Regulations for the medical services of the Army of India
Year: 1930
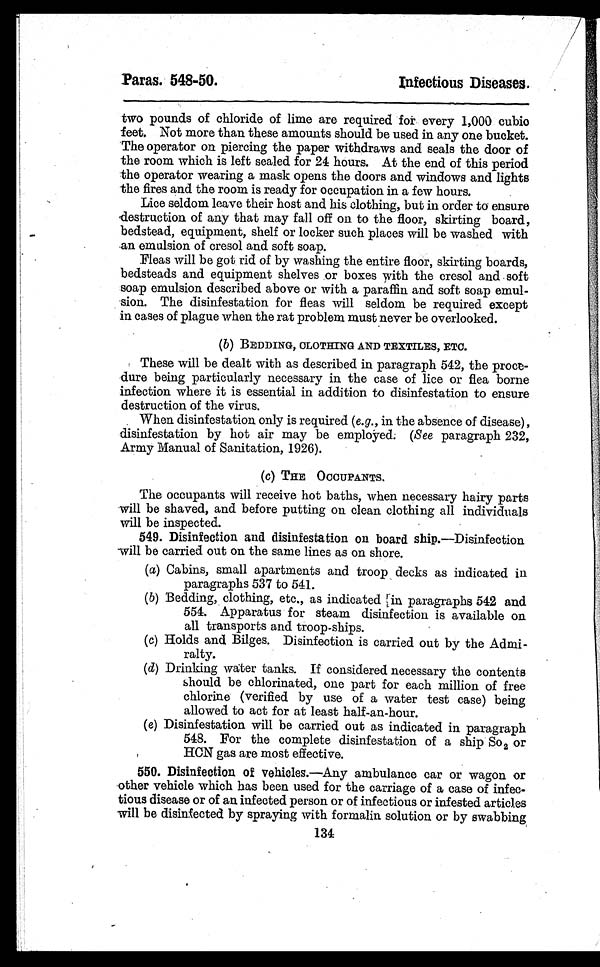
Paras. 548–50.
Infectious Diseases.
two pounds of chloride of lime are required for every 1,000 cubio
feet. Not more than these amounts should be used in any one bucket.
The operator on piercing the paper withdraws and seals the door of
the room which is left sealed for 24 hours. At the end of this period
the operator wearing a mask opens the doors and windows and lights
the fires and the room is ready for occupation in a few hours.
Lice seldom leave their host and his clothing, but in order to ensure
destruction of any that may fall off on to the floor, skirting board,
bedstead, equipment, shelf or locker such places will be washed with
an emulsion of cresol and soft soap.
Fleas will be got rid of by washing the entire floor, skirting boards,
bedsteads and equipment shelves or boxes with the cresol and soft
soap emulsion described above or with a paraffin and soft soap emul-
sion. The disinfestation for fleas will seldom be required except
in cases of plague when the rat problem must never be overlooked.
( b) BEDDING, CLOTHING AND TEXTILES, ETC.
These will be dealt with as described in paragraph 542, the proce-
dure being particularly necessary in the case of lice or flea borne
infection where it is essential in addition to disinfestation to ensure
destruction of the virus.
When disinfestation only is required ( e. g., in the absence of disease),
disinfestation by hot air may be employed. (See paragraph 232,
Army Manual of Sanitation, 1926).
(c) THE OCCUPANTS.
The occupants will receive hot baths, when necessary hairy parts
will be shaved, and before putting on clean clothing all individuals
will be inspected.
549. Disinfection and disinfestation on board ship. —Disinfection
will be carried out on the same lines as on shore.
(a) Cabins, small apartments and troop decks as indicated in
paragraphs 537 to 541.
( b ) B e d d i n g , c l o t h i n g , e t c . , a s i n d i c a t e d i n p a r a g r a p h s 5 4 2 a n d
554. Apparatus for steam disinfection is available on
all transports and troop-ships.
(c) Holds and Bilges. Disinfection is carried out by the Admi-
ralty.
( d ) D r i n k i n g w a t e r t a n k s . I f c o n s i d e r e d n e c e s s a r y t h e c o n t e n t s
should be chlorinated, one part for each million of free
chlorine (verified by use of a water test case) being
allowed to act for at least half-an-hour.
( e ) D i s i n f e s t a t i o n w i l l b e c a r r i e d o u t a s i n d i c a t e d i n p a r a g r a p h
548. For the complete disinfestation of a ship So2 or
HCN gas are most effective.
550. Disinfection of vehicles. —Any ambulance car or wagon or
other vehicle which has been used for the carriage of a case of infec-
tious disease or of an infected person or of infectious or infested articles
will be disinfected by spraying with formalin solution or by swabbing
134